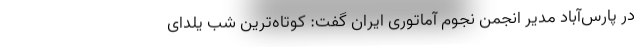
در پارس‌آباد مدیر انجمن نجوم آماتوری ایران گفت: کوتاه‌ترین شب یلدای